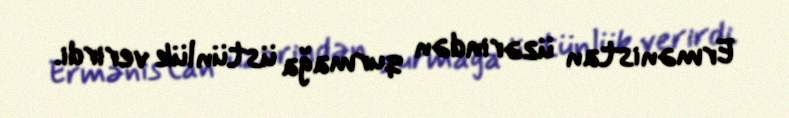
Ermənistan üzərindən qurmağa üstünlük verirdi.